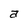
Character: a